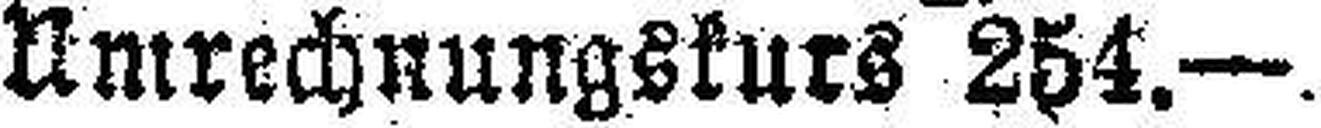
Umrechnungskurs 254.—.